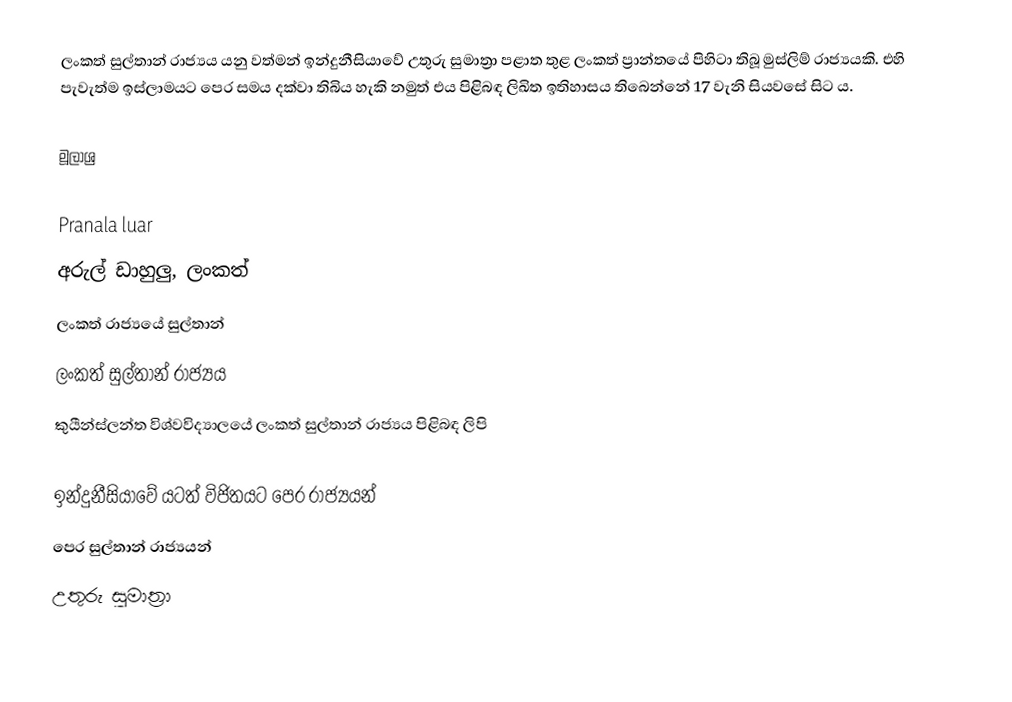
ලංකත් සුල්තාන් රාජ්‍යය යනු වත්මන් ඉන්දුනීසියාවේ උතුරු සුමාත්‍රා පළාත තුළ ලංකත් ප්‍රාන්තයේ පිහිටා තිබූ මුස්ලිම් රාජ්‍යයකි. එහි පැවැත්ම ඉස්ලාමයට පෙර සමය දක්වා තිබිය හැකි නමුත් එය පිළිබඳ ලිඛිත ඉතිහාසය තිබෙන්නේ 17 වැනි සියවසේ සිට ය.

මූලාශ්‍ර

Pranala luar
  අරුල් ඩාහුලු, ලංකත්
  ලංකත් රාජ්‍යයේ සුල්තාන්
  ලංකත් සුල්තාන් රාජ්‍යය
  කුයීන්ස්ලන්ත විශ්වවිද්‍යාලයේ ලංකත් සුල්තාන් රාජ්‍යය පිළිබඳ ලිපි

ඉන්දුනීසියාවේ යටත් විජිතයට පෙර රාජ්‍යයන්
පෙර සුල්තාන් රාජ්‍යයන්
උතුරු සුමාත්‍රා